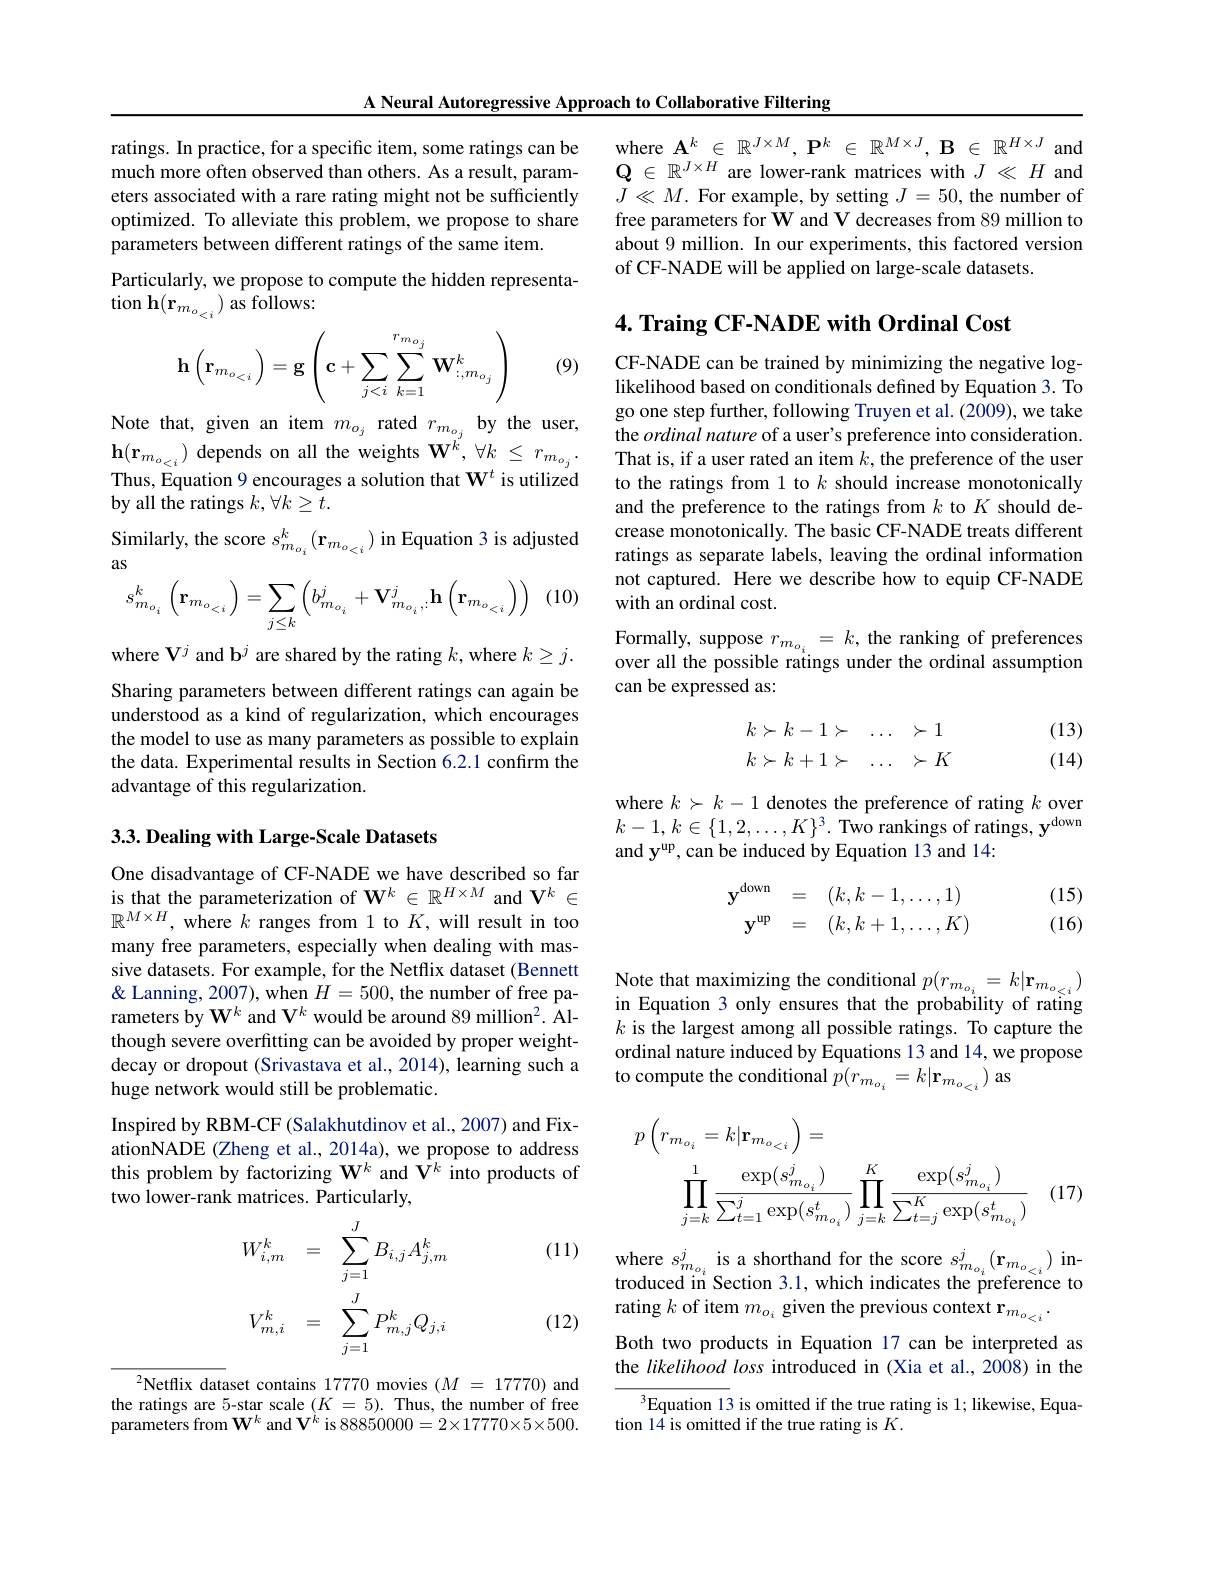
A Neural Autoregressive Approach to Collaborative Filtering

ratings. In practice, for a specific item, some ratings can be much more often observed than others. As a result, parameters associated with a rare rating might not be sufficiently optimized. To alleviate this problem, we propose to share parameters between different ratings of the same item.
Particularly, we propose to compute the hidden representa-
$\tan\mathbf{h}(\mathbf{r}_{m_{o}_{<i}})$as follows:
$$\mathbf{h}\left(\mathbf{r}_{m_{o_{<i}}}\right)=\mathbf{g}\left(\mathbf{c}+\sum_{j<i}\sum_{k=1}^{r_{m_{o_j}}}\mathbf{W}_{:,m_{o_j}}^k\right)$$
(9)

Note that, given an item $m_{o_{j}}$ rated $r_{m_{o_{j}}}$ by the user, $\mathbf{h}(\mathbf{r}_{m_{o_{<i}}})$ depends on all the weights $\mathbf{W}^k,\forall k\leq r_{m_{o_{j}}}$ Thus, Equation 9 encourages a solution that $\mathbf{W}^t$ is utilized by all the ratings $k,\forall k\geq t.$

Similarly, the score $s_{m_{o_{i}}}^{k}\left(\mathbf{r}_{m_{o_{<i}}}\right)$ in Equation 3 is adjusted
as
(10)
$$s_{m_{o_{i}}}^{k}\:\left(\mathbf{r}_{m_{o_{<i}}}\right)=\sum_{j\leq k}\left(b_{m_{o_{i}}}^{j}\:+\mathbf{V}_{m_{o_{i}},i}^{j}\mathbf{h}\left(\mathbf{r}_{m_{o_{<i}}}\right)\right)$$
where V$^j$ and b$^j$ are shared by the rating $k$,where $k\geq j.$ Sharing parameters between different ratings can again be understood as a kind of regularization, which encourages the model to use as many parameters as possible to explain the data. Experimental results in Section 6.2.1 confirm the advantage of this regularization.

### 3.3. Dealing with Large-Scale Datasets

One disadvantage of CF-NADE we have described so far is that the parameterization of $\mathbf{W}^k\in\mathbb{R}^{H\times M}$ and $\mathbf{V}^k\in$ $\mathbb{R}^{M\times H}$, where $k$ ranges from 1 to $K$, will result in too many free parameters, especially when dealing with massive datasets. For example, for the Netflix dataset (Bennett $\&$ Lanning, 2007), when $H=500$, the number of free parameters by $\mathbf{W}^k$ and V$^k$ would be around 89 million$^2.$ Although severe overfitting can be avoided by proper weightdecay or dropout (Srivastava et al., 2014), learning such a huge network would still be problematic.
Inspired by RBM-CF (Salakhutdinov et al., 2007) and FixationNADE (Zheng et al., 2014a), we propose to address this problem by factorizing $\mathbf{W}^k$ and $\hat{\mathbf{V}}^k$ into products of two lower-rank matrices. Particularly,

(11)
$$W_{i,m}^{k}=\quad\sum_{j=1}^{J}B_{i,j}A_{j,m}^{k}\\V_{m,i}^{k}=\quad\sum_{j=1}^{J}P_{m,j}^{k}Q_{j,i}$$
(12)

$^2$Netflix dataset contains 17770 movies $(M=17770)$ and the ratings are 5-star scale $(K=5).$ Thus, the number of free parameters from $\mathbf{W}^k$ and $\mathbf{V}^{\grave{k}}$ is 88850000$=2\times17770\times5\times500.$

where $\mathbf{A}^k\in\mathbb{R}^{J\times M},\mathbf{P}^k\in\mathbb{R}^{M\times J},\mathbf{B}\in\mathbb{R}^{H\times J}$ and $\mathbf{Q}\in\mathbb{R}^{J\times H}$ are lower-rank matrices with $J\ll H$ and $\dot{J}\ll M.$ For example, by setting $J=50$, the number of free parameters for $\hat{\mathbf{W}}$ and V decreases from 89 million to about 9 million. In our experiments, this factored version of CF-NADE will be applied on large-scale datasets.

## $4. \textbf{ Traing CF- NADE with Ordinal Cost}$

CF-NADE can be trained by minimizing the negative loglikelihood based on conditionals defined by Equation 3. To go one step further, following Truyen et al. (2009), we take the ordinal nature of a user's preference into consideration. That is, if a user rated an item $k$, the preference of the user to the ratings from 1 to $k$ should increase monotonically and the preference to the ratings from $k$ to $K$ should decrease monotonically. The basic CF-NADE treats different ratings as separate labels, leaving the ordinal information not captured. Here we describe how to equip CF-NADE with an ordinal cost.
Formally, suppose $r_{m_{o_i}}=k$, the ranking of preferences over all the possible ratings under the ordinal assumption can be expressed as:
$$\begin{array}{lll}k\succ k-1\succ&\dots&\succ1\\k\succ k+1\succ&\dots&\succ K\end{array}$$
(13) (14)

where $k\succ k-1$ denotes the preference of rating $k$ over $k-1,k\in\{1,2,\ldots,K\}^3.$ Two rankings of ratings, y$^\mathrm{down}$ and y$^\mathrm{up}$,can be induced by Equation 13 and 14:
$$\begin{array}{rcl}\mathbf{y^\mathrm{down}}&=&(k,k-1,\dots,1)\\\mathbf{y^\mathrm{up}}&=&(k,k+1,\dots,K)\end{array}$$
(15) (16)

Note that maximizing the conditional $p(r_{m_{o_{i}}}=k|\mathbf{r}_{m_{o_{<i}}})$ in Equation 3 only ensures that the probability of rating $k$ is the largest among all possible ratings. To capture the ordinal nature induced by $\hat{\text{Equations 13 and 14,we propose}}$ to compute the conditional $p(r_{m_{o_{i}}}=k|\mathbf{r}_{m_{o_{<i}}})$ as
$$\begin{aligned}p\left(r_{m_{o_{i}}}=k|\mathbf{r}_{m_{o_{<i}}}\right)=\\\prod_{j=k}^{1}\frac{\exp(s_{m_{o_{i}}}^{j})}{\sum_{t=1}^{j}\exp(s_{m_{o_{i}}}^{t})}\prod_{j=k}^{K}\frac{\exp(s_{m_{o_{i}}}^{j})}{\sum_{t=j}^{K}\exp(s_{m_{o_{i}}}^{t})}\end{aligned}$$
(17)

where $s_{m_{o_{i}}}^{j}$ is a shorthand for the score $s_{m_{o_{i}}}^{j}(\mathbf{r}_{m_{o_{<i}}})$ introduced in Section 3.1, which indicates the preference to rating $k$ of item $m_o_i$ given the previous context r$_m_{o_{<i}}.$
Both two products in Equation 17 can be interpreted as the likelihood loss introduced in (Xia et al., 2008) in the
$^{3}$Equation 13 is omitted if the true rating is 1; likewise, Equa-
tion 14 is omitted if the true rating is $K.$